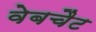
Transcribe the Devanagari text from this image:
वेबचैट